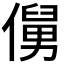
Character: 𱏖